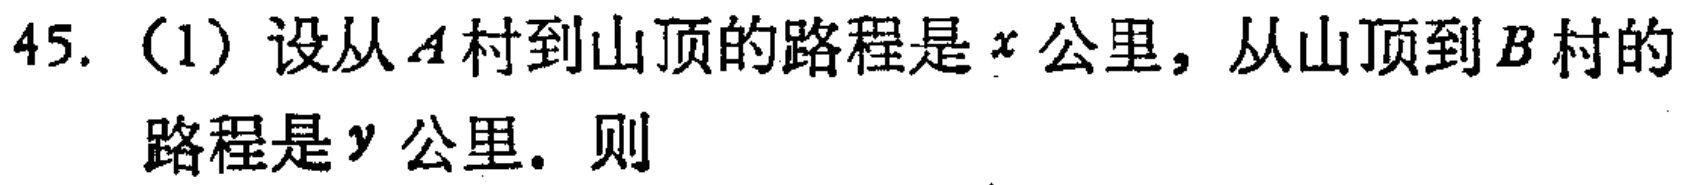
45. (1) 设从\(A\)村到山顶的路程是\(x\)公里，从山顶到\(B\)村的路程是\(y\)公里. 则